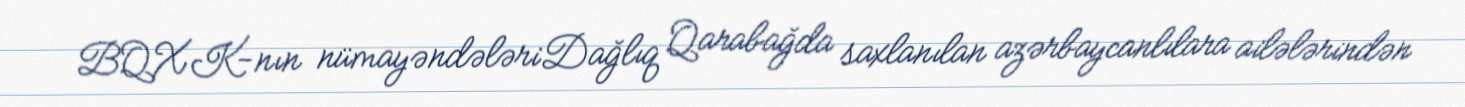
BQXK-nın nümayəndələriDağlıq Qarabağda saxlanılan azərbaycanlılara ailələrindən